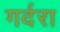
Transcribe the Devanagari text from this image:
गर्दरा